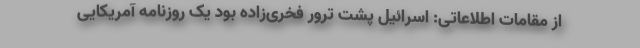
از مقامات اطلاعاتی: اسرائیل پشت ترور فخری‌زاده بود یک روزنامه آمریکایی